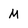
Character: M